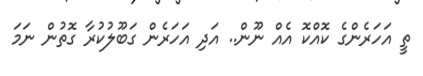
ތީ އަހަރެންގެ ކޮއްކޮ އެއް ނޫން.. އަދި އަހަރެން ގަބޫލުކުރާ ގޮތުން ނަމަ